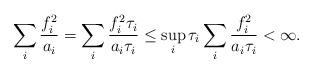
LaTeX: \begin{align*}\sum_i \frac{f_i^2}{a_i} = \sum_i \frac{f_i^2\tau_i}{a_i\tau_i} \leq \sup_i \tau_i \sum_i \frac{f_i^2}{a_i \tau_i} < \infty.\end{align*}